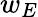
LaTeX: w_{E}